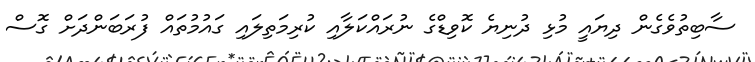
ސާބިތުވެގެން ދިޔައީ މުޅި ދުނިޔެ ކޮވިޑްގެ ނުރައްކަލާއި ކުރިމަތިލައި ގައުމުތައް ފުރަބަންދަށް ގޮސް